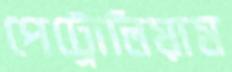
পেট্রোলিয়াম